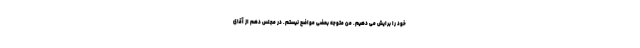
خود را برایش می دهیم. من متوجه بعضی مواضع نیستم. در مجلس دهم از آقای